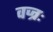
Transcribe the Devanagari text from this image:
वज्रः